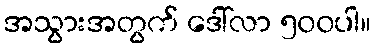
အသွားအတွက် ဒေါ်လာ ၅၀၀ပါ။